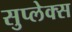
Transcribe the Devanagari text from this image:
सुप्लेक्स